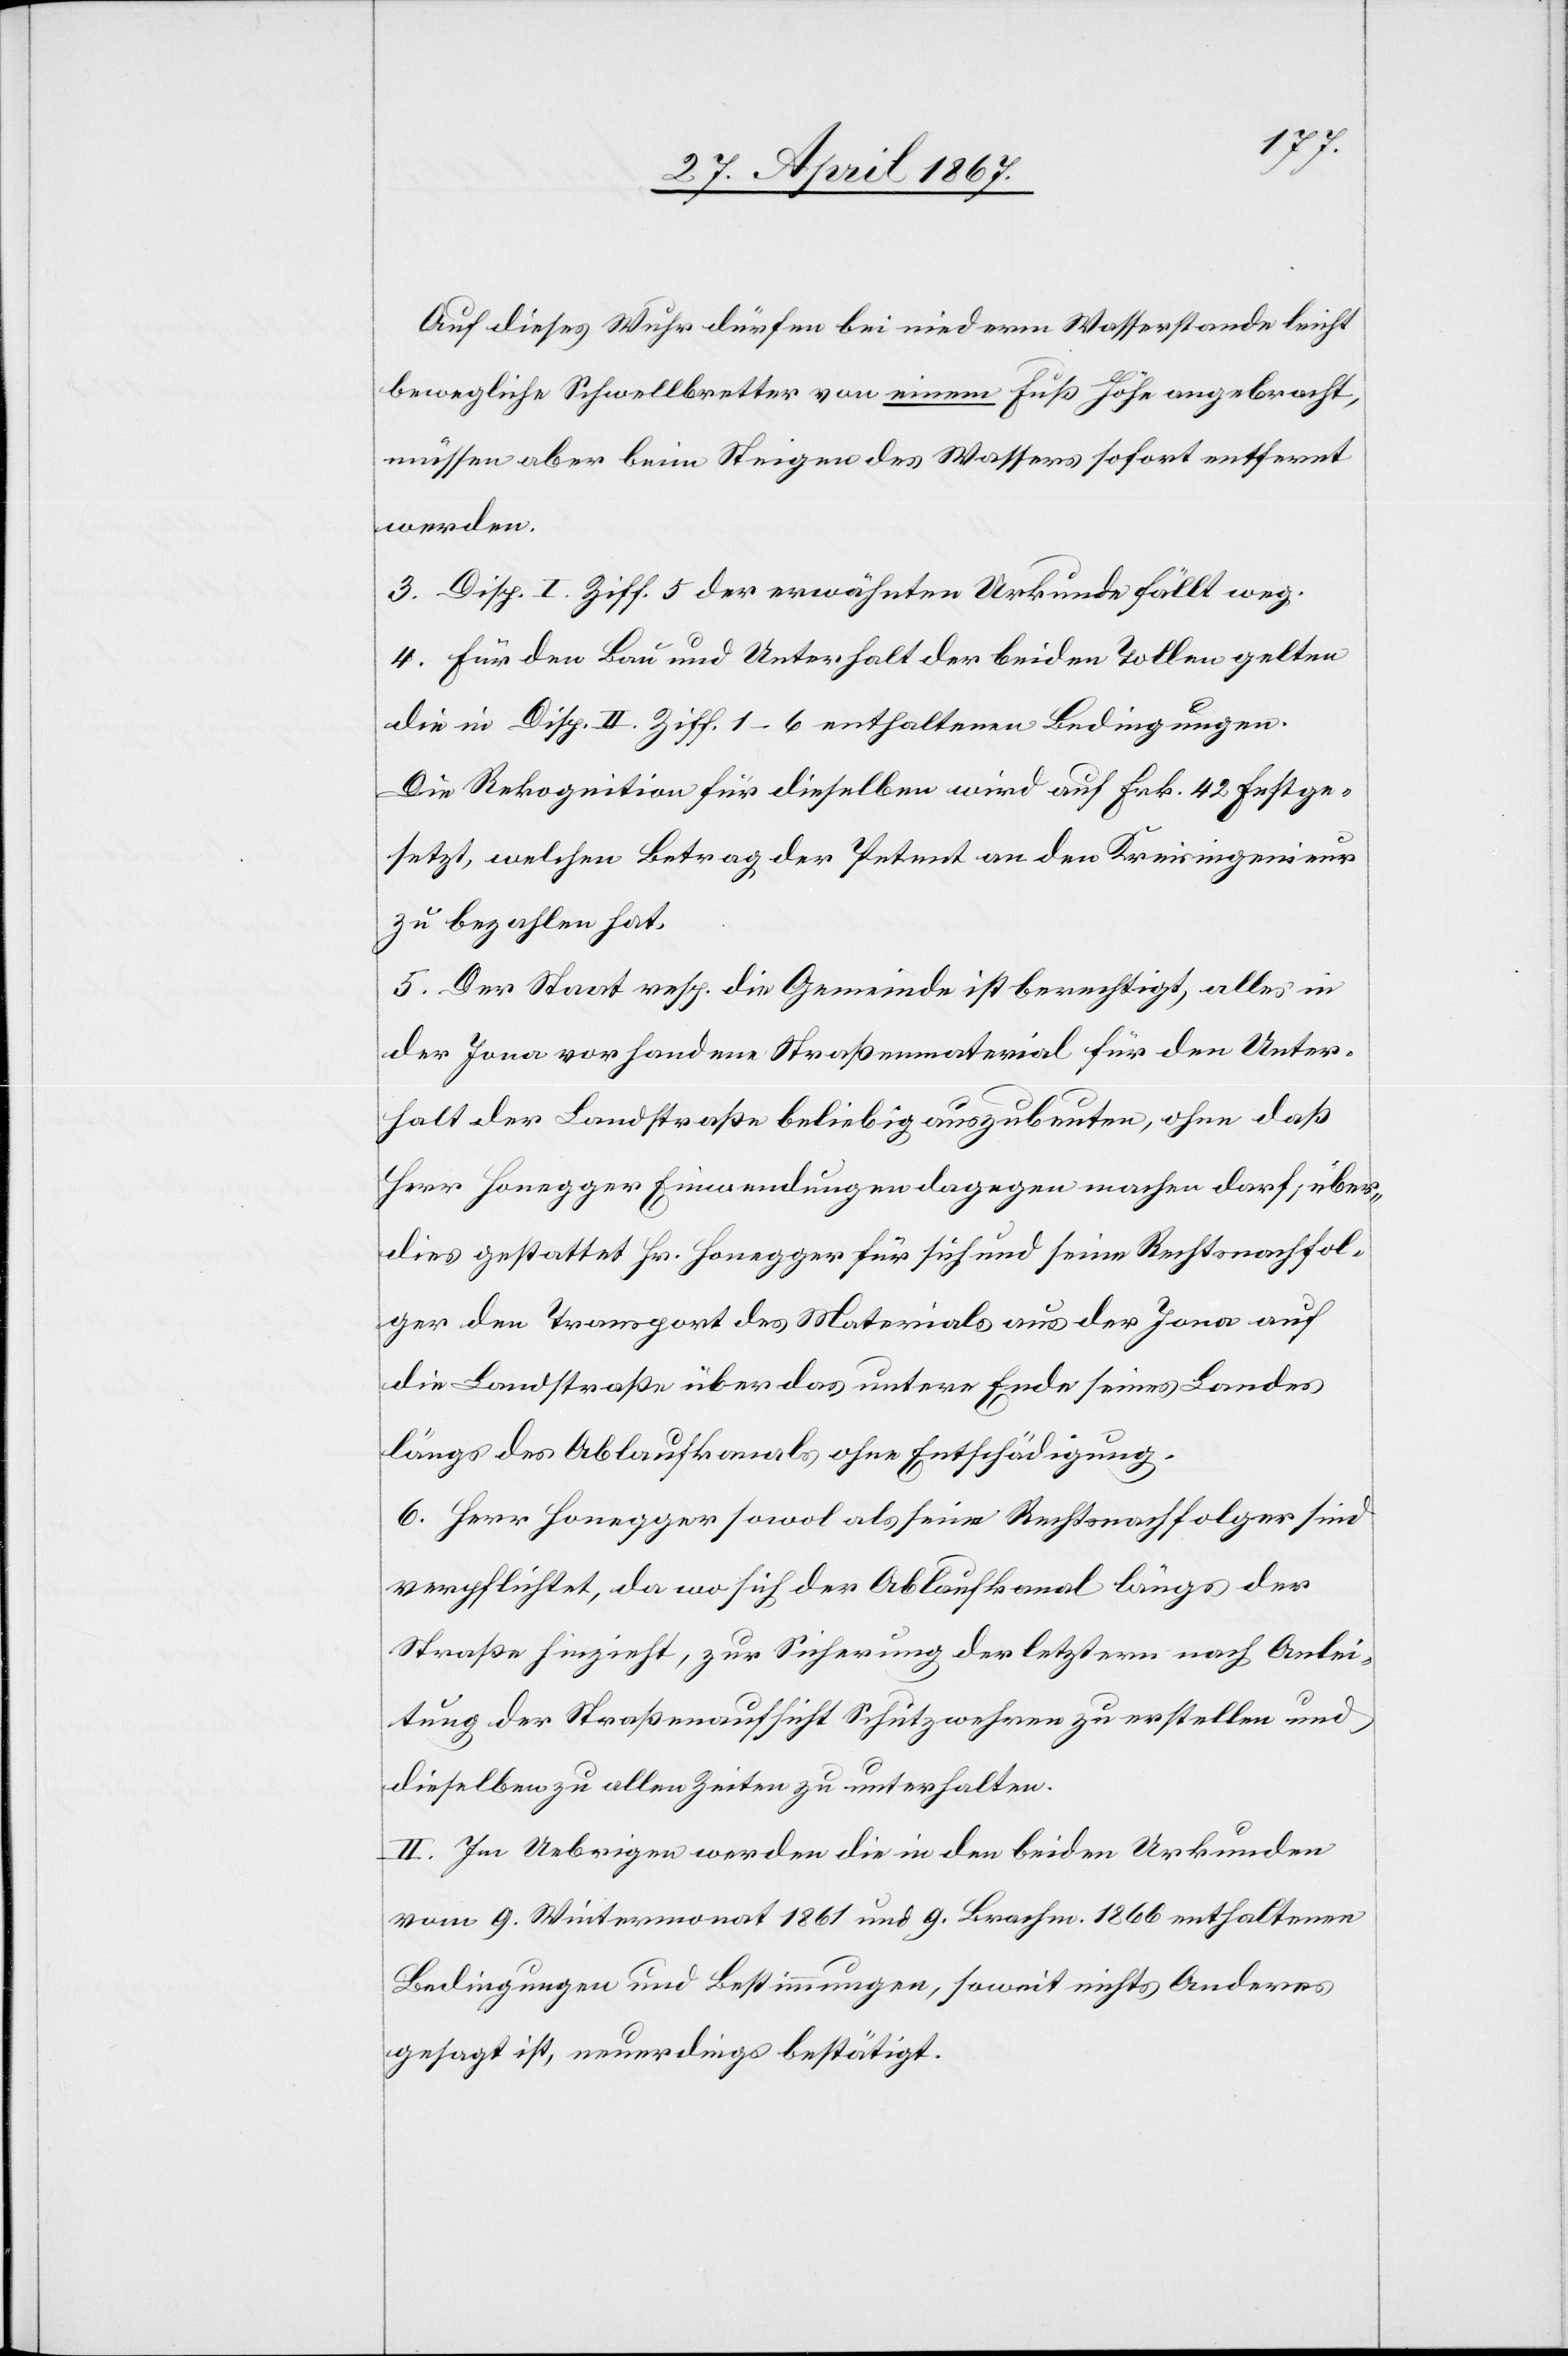
Auf dieses Wuhr dürfen bei niederm Wasserstande leicht
bewegliche Schwellbretter von einem Fuß Höhe angebracht,
müssen aber beim Steigen des Wassers sofort entfernt
werden.
3. Disp. I. Ziff. 5 der erwähnten Urkunde fällt weg.
4. Für den Bau und Unterhalt der beiden Tollen gelten
die in Disp. II. Ziff. 1–6 enthaltenen Bedingungen.
Die Rekognition für dieselben wird auf Frk. 42 festge¬
setzt, welchen Betrag der Petent an den Kreisingenieur
zu bezahlen hat.
5. Der Staat resp. die Gemeinde ist berechtigt, alles in
der Jona vorhandene Straßenmaterial für den Unter¬
halt der Landstraße beliebig auszubeuten, ohne daß
Herr Honegger Einwendungen dagegen machen darf, über¬
dies gestattet Hr. Honegger für sich und seine Rechtsnachfol¬
ger den Transport des Materials aus der Jona auf
die Landstraße über das untere Ende seines Landes
längs des Ablaufkanals ohne Entschädigung.
6. Herr Honegger sowol als seine Rechtsnachfolger sind
verpflichtet, da wo sich der Ablaufkanal längs der
Straße hinzieht, zur Sicherung der letztern nach Anlei¬
tung der Straßenaufsicht Schutzwehren zu erstellen und
dieselben zu allen Zeiten zu unterhalten.
II. Im Uebrigen werden die in den beiden Urkunden
vom 9. Wintermonat 1861 und 9. Brachm. 1866 enthaltenen
Bedingungen und Bestimmungen, soweit nichts Anderes
gesagt ist, neuerdings bestätigt.